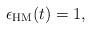
LaTeX: \begin{align*}\epsilon_{\mathrm{HM}}(t)=1,\end{align*}